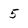
Character: 5